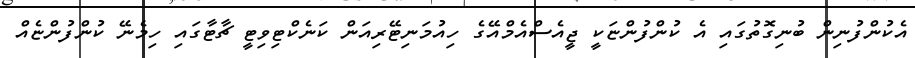
އެކުންފުނިން ބުނިގޮތުގައި އެ ކުންފުންޏަކީ ޖީއެސްއެމްއޭގެ ހިއުމަނިޓޭރިއަން ކަނެކްޓިވިޓީ ޗާޓާގައި ހިމެނޭ ކުންފުންޏެއް